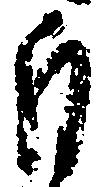
自